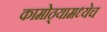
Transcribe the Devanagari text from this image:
कामोठ्यामध्येच